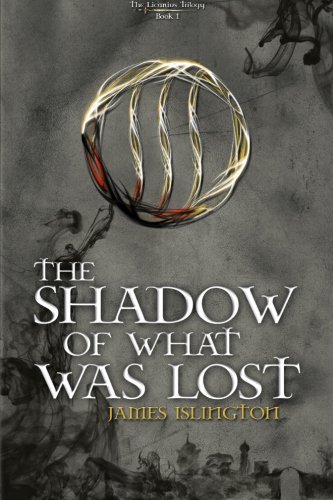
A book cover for The Shadow Of What Was Lost (The Licanius Trilogy) (Volume 1); James Islington; Science Fiction & Fantasy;